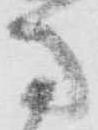
馬